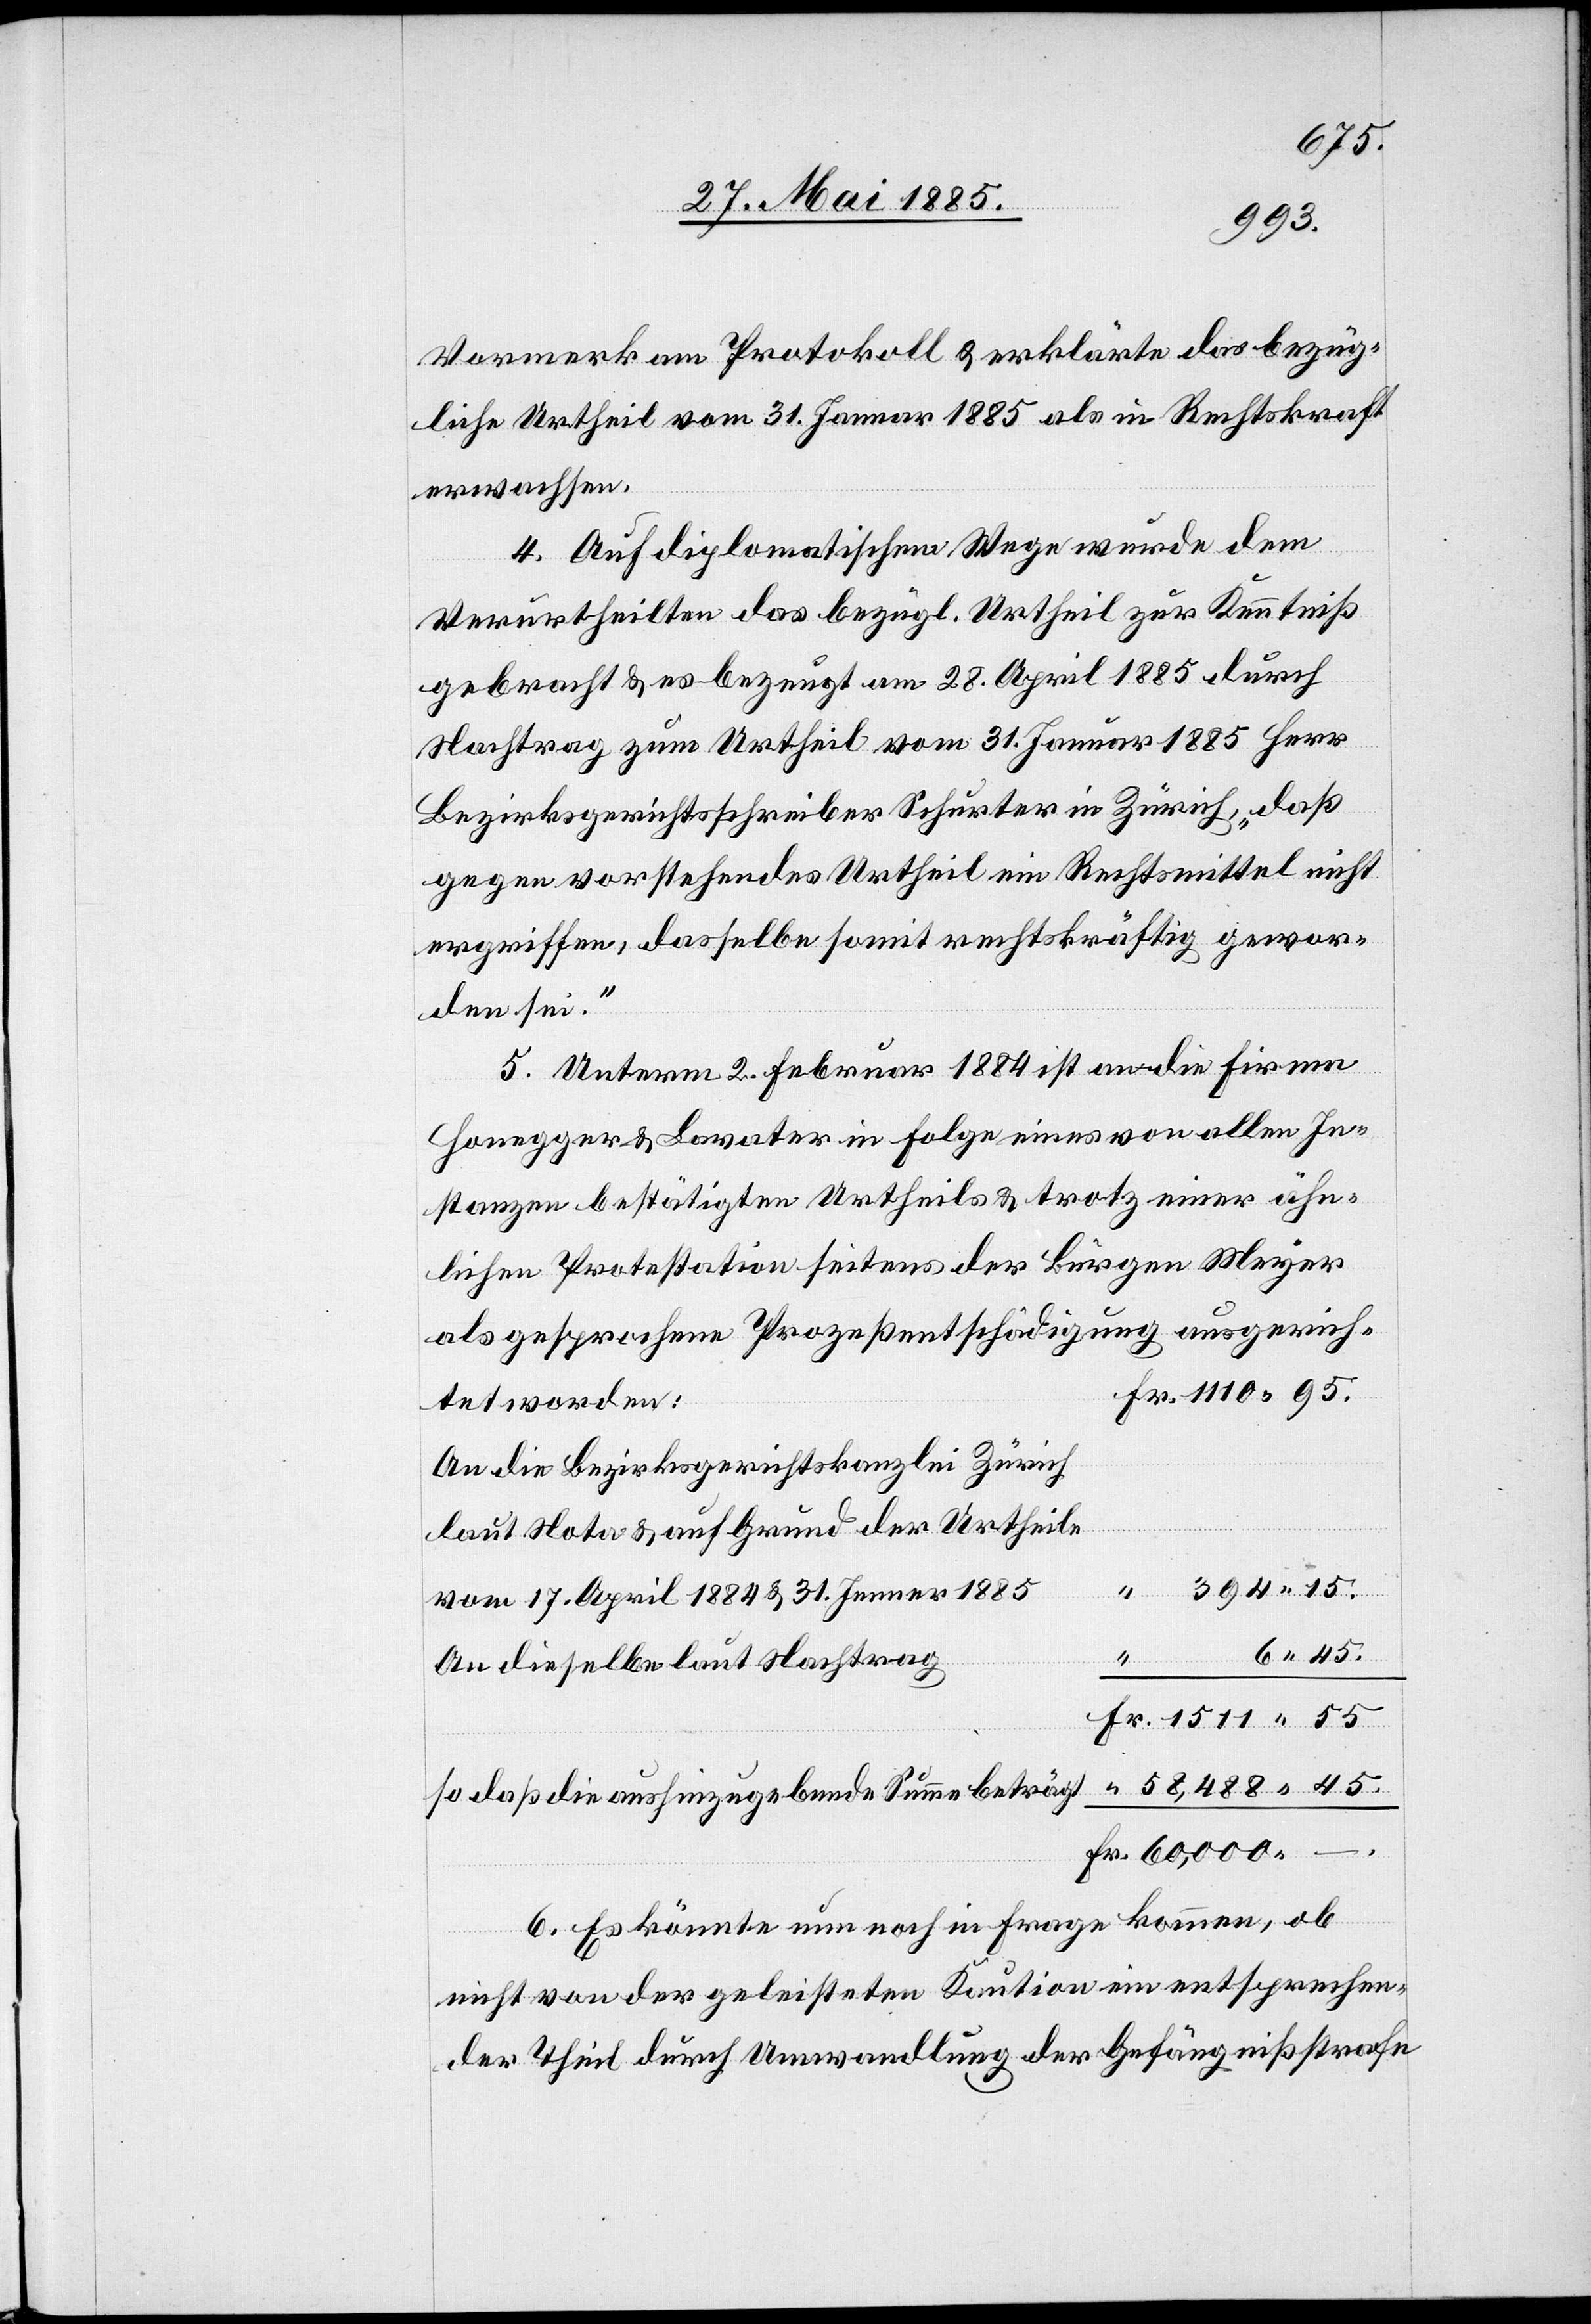
55.
–.
45.
Vormerk am Protokoll & erklärte das bezüg¬
liche Urtheil vom 31. Januar 1885 als in Rechtskraft
erwachsen.
4. Auf diplomatischem Wege wurde dem
Verurtheilten das bezügl. Urtheil zur Kenntniß
gebracht & es bezeugt am 28. April 1885 durch
Nachtrag zum Urtheil vom 31. Januar 1885 Herr
Bezirksgerichtsschreiber Schurter in Zürich, „daß
gegen vorstehendes Urtheil ein Rechtsmittel nicht
ergriffen, dasselbe somit rechtskräftig gewor¬
den sei.“
5. Unterm 2. Februar 1884 ist an die Firma
Honegger & Lavater in Folge eines von allen In¬
stanzen bestätigten Urtheils & trotz einer ähn¬
lichen Protestation seitens der Bürgen Meyer
als gesprochene Prozeßentschädigung ausgerich¬
tet worden:
An die Bezirksgerichtskanzlei Zürich
laut Nota[r] & auf Grund der Urtheile
vom 17. April 1884 & 31. Januar 1885
An dieselbe laut Nachtrag
sodaß die aushinzugebende Summe beträgt
6. Es könnte nun noch in Frage kommen, ob
nicht von der geleisteten Kaution ein entsprechen¬
der Theil durch Umwandlung der Gefängnißstrafe